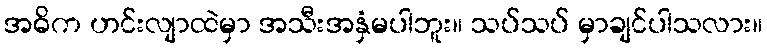
အဓိက ဟင်းလျာထဲမှာ အသီးအနှံမပါဘူး။ သပ်သပ် မှာချင်ပါသလား။